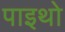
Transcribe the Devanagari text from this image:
पाइथो